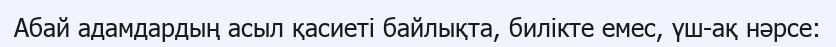
Абай адамдардың асыл қасиеті байлықта, билікте емес, үш-ақ нәрсе: